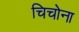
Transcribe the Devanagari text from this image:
चिचोना